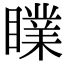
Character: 𥋙